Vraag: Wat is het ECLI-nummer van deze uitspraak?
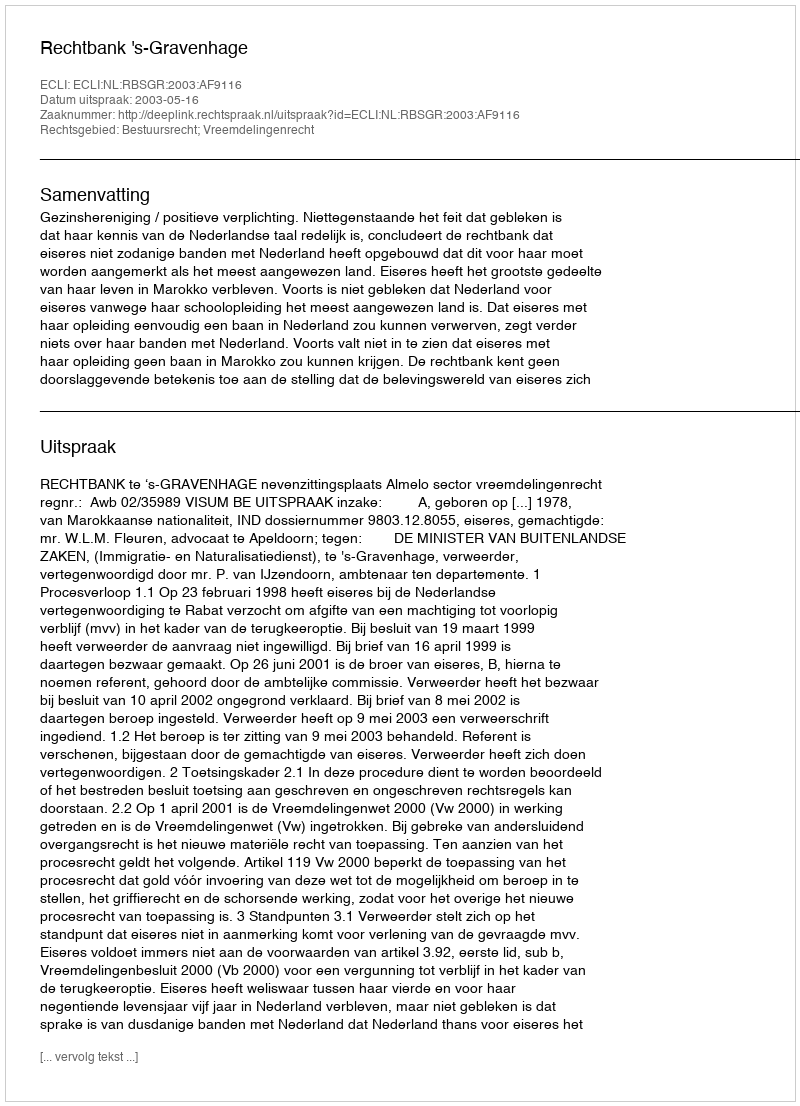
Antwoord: ECLI:NL:RBSGR:2003:AF9116